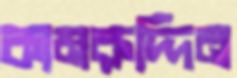
কামরুদ্দিন